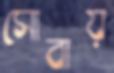
সোবায়